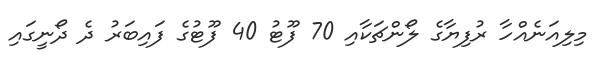
މިލިއަނެއްހާ ރުފިޔާގެ ލޯންޗަކާއި 70 ފޫޓު 40 ފޫޓުގެ ފައިބަރު ދެ ދޯނީގައި